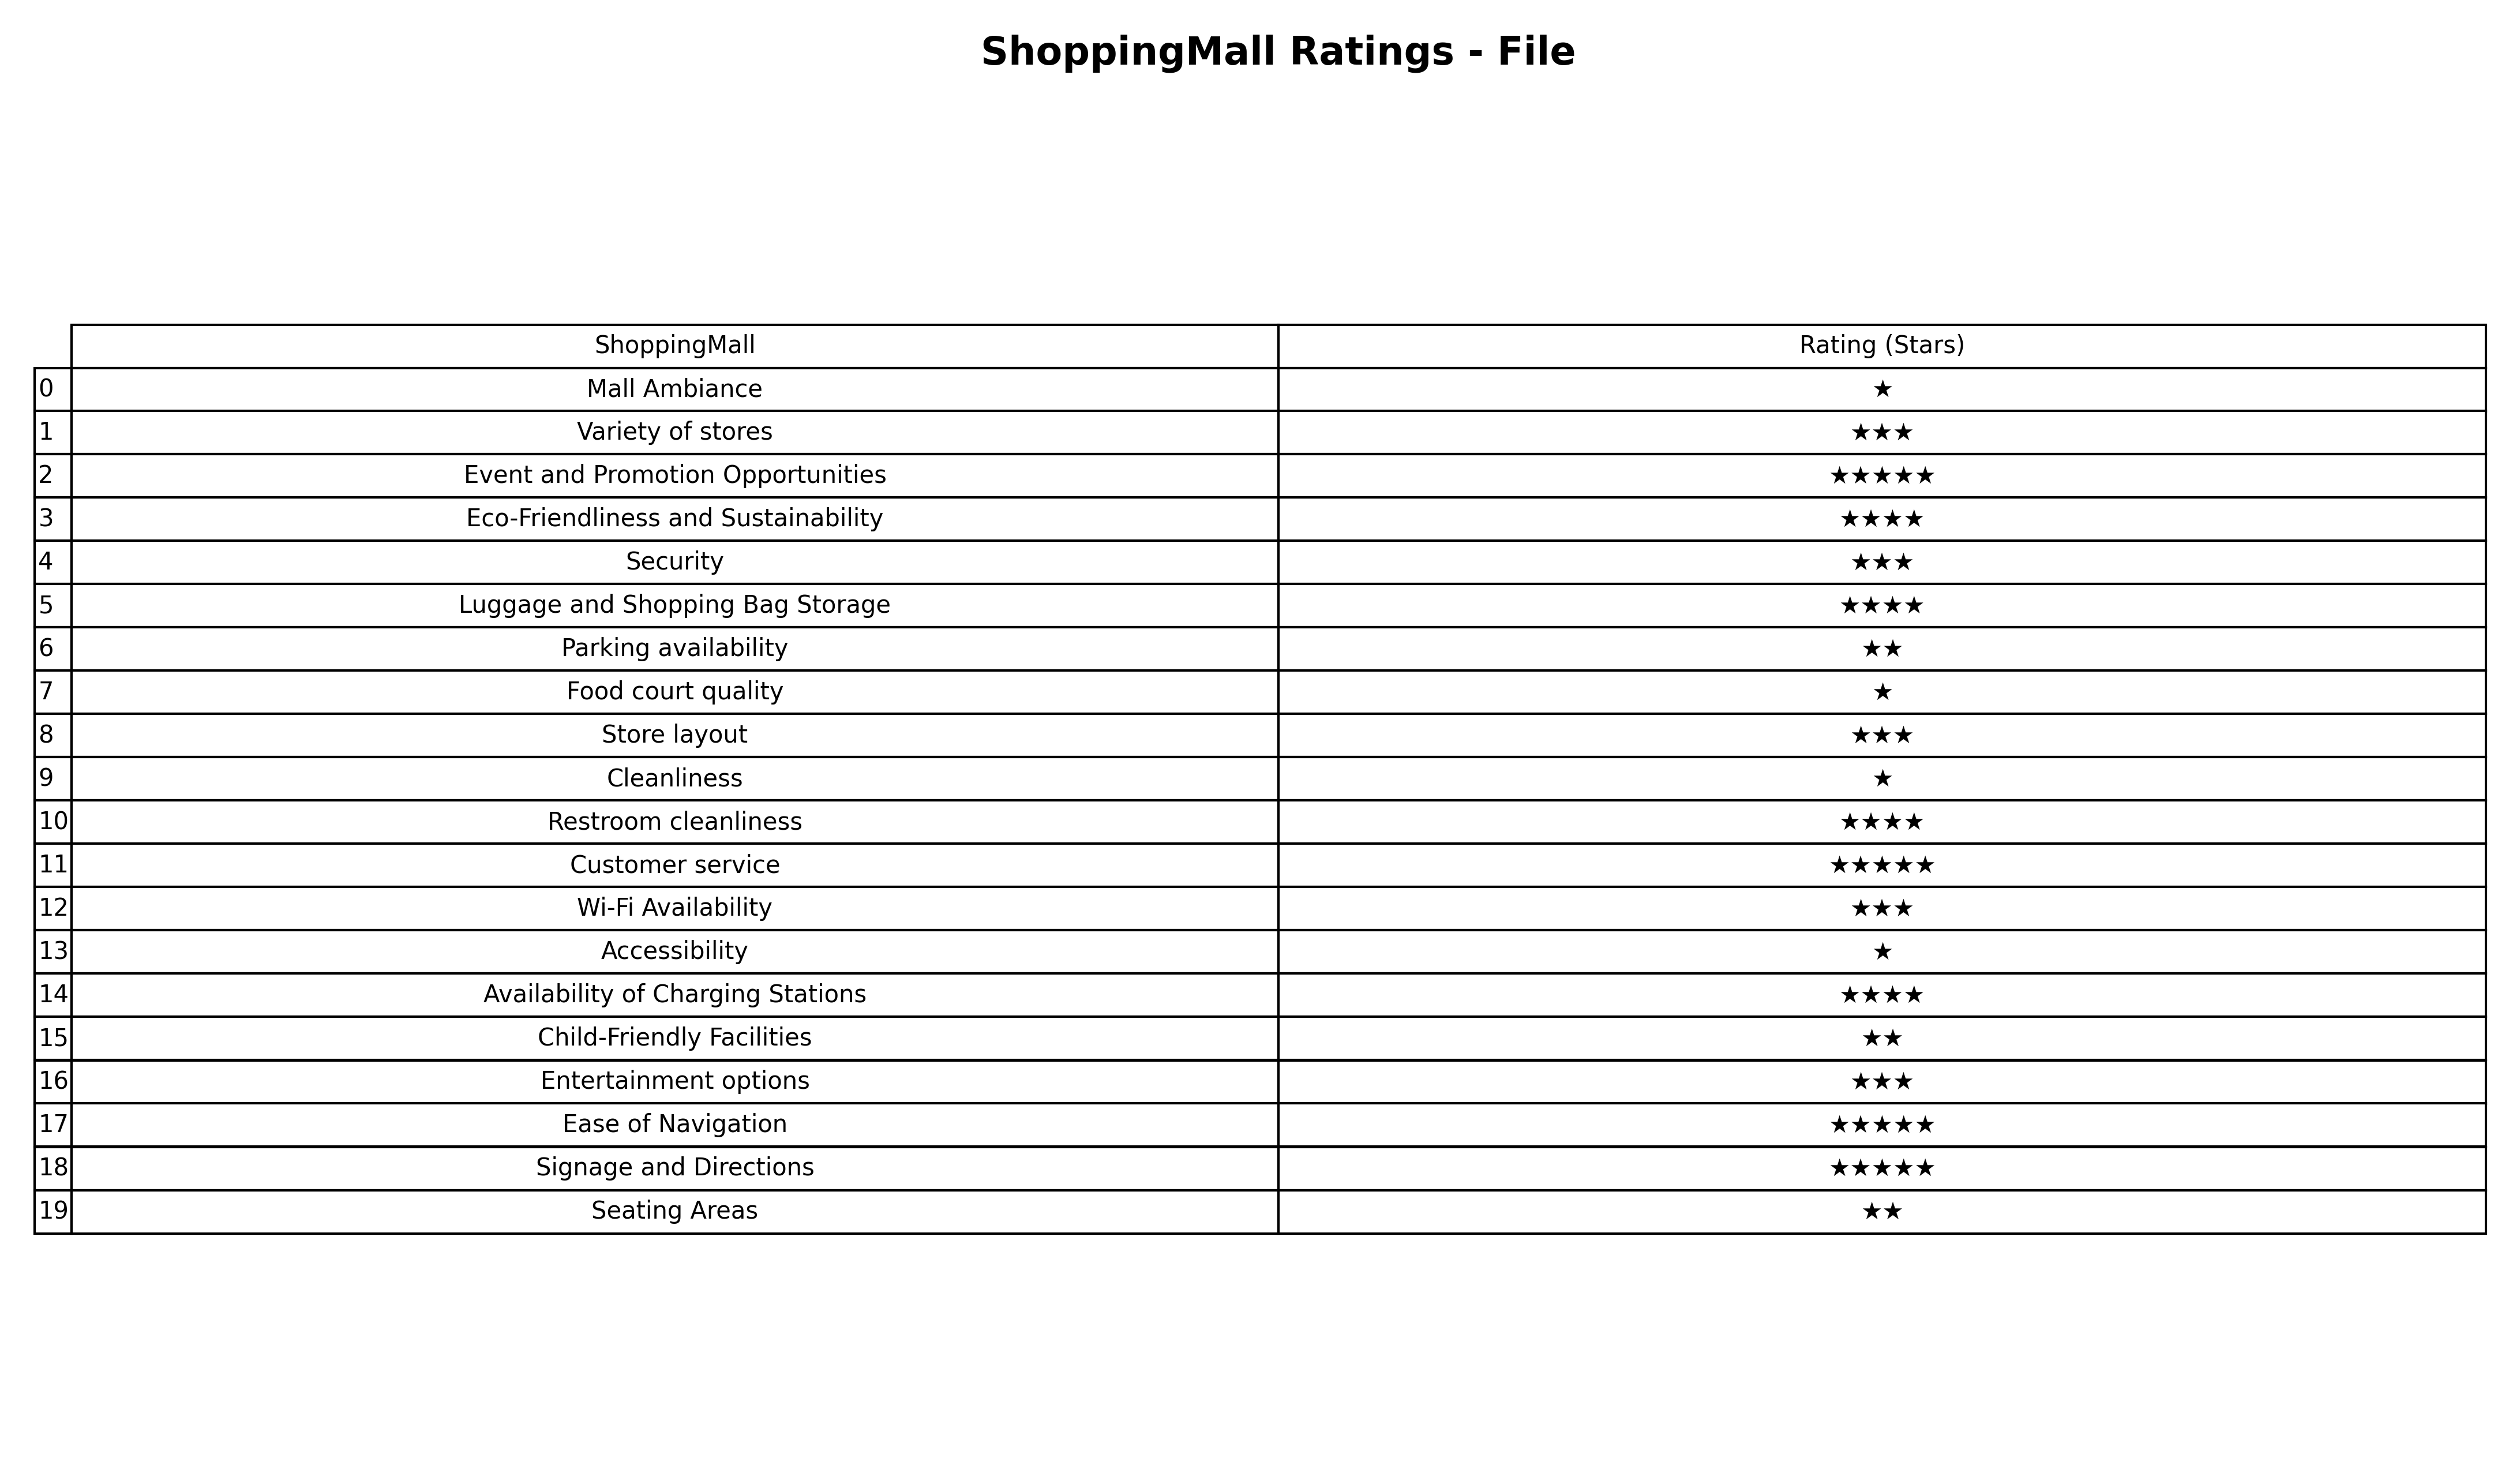
question: What are highest rating services?
answer: Variety of storesSecurityStore layoutWi-Fi AvailabilityEntertainment options